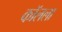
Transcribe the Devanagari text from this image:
कॉलला